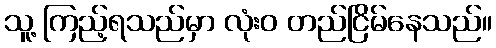
သူ့ ကြည့်ရသည်မှာ လုံးဝ တည်ငြိမ်နေသည်။